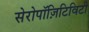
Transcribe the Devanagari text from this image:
सेरोपॉज़िटिविटी